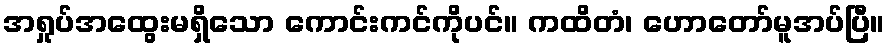
အရှုပ်အထွေးမရှိသော ကောင်းကင်ကိုပင်။ ကထိတံ၊ ဟောတော်မူအပ်ပြီ။